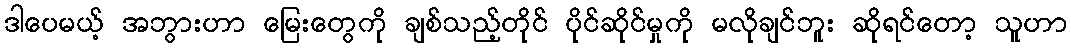
ဒါပေမယ့် အဘွားဟာ မြေးတွေကို ချစ်သည့်တိုင် ပိုင်ဆိုင်မှုကို မလိုချင်ဘူး ဆိုရင်တော့ သူဟာ